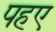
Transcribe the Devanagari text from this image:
पहए